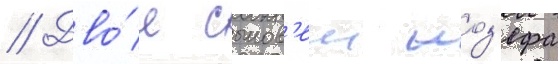
// Дво́е сынов'еи жоз'ефа